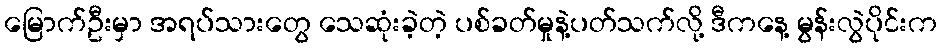
မြောက်ဦးမှာ အရပ်သားတွေ သေဆုံးခဲ့တဲ့ ပစ်ခတ်မှုနဲ့ပတ်သက်လို့ ဒီကနေ့ မွန်းလွဲပိုင်းက